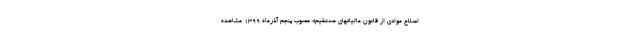
اصلاح موادی از قانون مالیاتهای مستقیم» مصوب پنجم آذرماه ۱۳۹۹ مشاهده